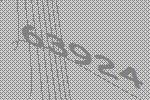
63924